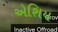
એશિય